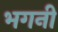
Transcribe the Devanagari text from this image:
भगनी